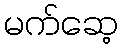
မက်ဆေ့